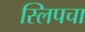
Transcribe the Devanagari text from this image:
स्लिपचा